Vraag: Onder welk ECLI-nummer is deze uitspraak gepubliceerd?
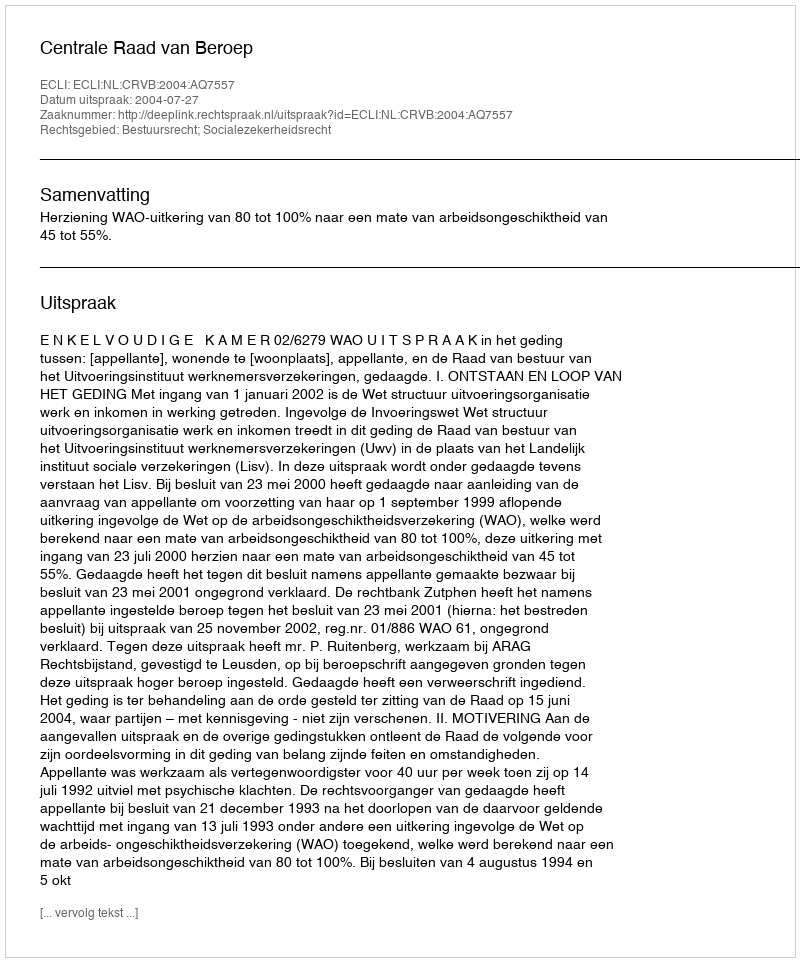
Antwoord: ECLI:NL:CRVB:2004:AQ7557